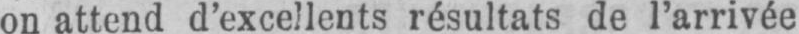
on attend d’excellents résultats de l’arrivée